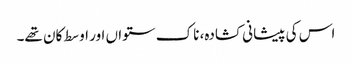
اس کی پیشانی کشادہ، ناک ستواں اور اوسط کان تھے۔